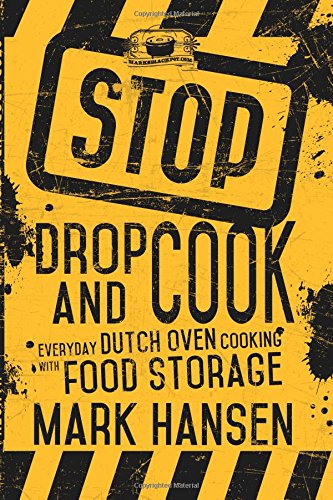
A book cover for Stop, Drop, and Cook: Everyday Dutch Oven Cooking With Food Storage; Mark Hansen; Cookbooks, Food & Wine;